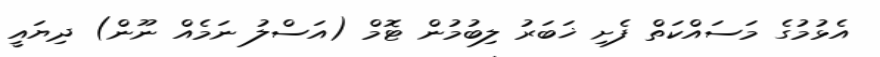
އެޅުމުގެ މަސައްކަތް ފެށި ޚަބަރު ލިބުމުން ޓޮމް (އަސްލު ނަމެއް ނޫން) ދިޔައީ